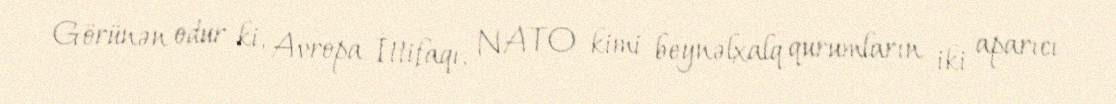
Görünən odur ki, Avropa İttifaqı, NATO kimi beynəlxalq qurumların iki aparıcı